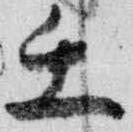
壬